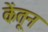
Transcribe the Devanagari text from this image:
केंतून